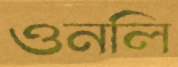
ওনলি